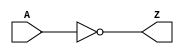
module inv(A,Z);
  input A;
  output Z;

  assign Z = ~A;
endmodule